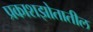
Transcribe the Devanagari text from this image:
प्रकाशझोतातील